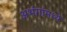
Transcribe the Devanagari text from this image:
अभंगांमध्ये